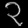
Digit: ၃